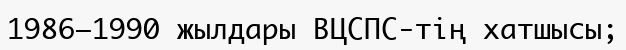
1986–1990 жылдары ВЦСПС-тің хатшысы;